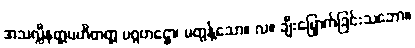
အသလ္လီနတ္တပဟိတတ္တ ပဂ္ဂဟဋ္ဌော၊ မတွန့်သော။ လ။ ချီးမြှောက်ခြင်းသဘော။